Civil Veterinary Dept. Bombay admin report 1923-31 - 1923-1931
Year: 1923
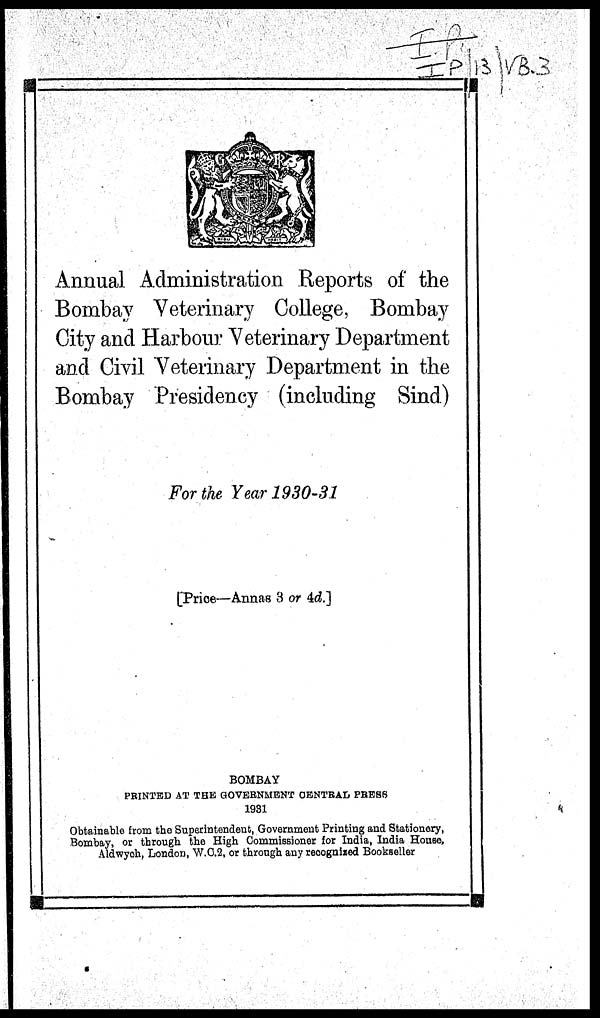
Annual Administration Reports of the
Bombay Veterinary College, Bombay
City and Harbour Veterinary Department
and Civil Veterinary Department in the
Bombay Presidency (including Sind)
For the Year 1930-31
[Price—Annas 3 or 4d.]
BOMBAY
PRINTED AT THE GOVERNMENT CENTRAL PRESS
1931
Obtainable from the Superintendent, Government Printing and Stationery,
Bombay, or through the High Commissioner for India, India House,
Aldwych, London, W.C.2, or through any recognized Bookseller